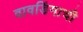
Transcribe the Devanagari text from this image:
वावडिंगाची